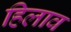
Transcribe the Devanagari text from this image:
हिलाव